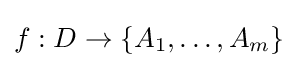
f:D\rightarrow \{A_{1},\dots ,A_{m}\}